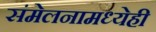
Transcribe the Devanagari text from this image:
संमेलनामध्येही